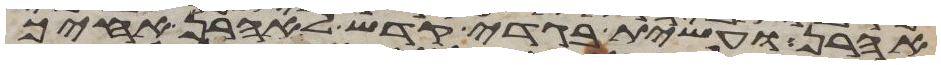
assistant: אהרן ועשית בגדי קדש לאהרן אחיך